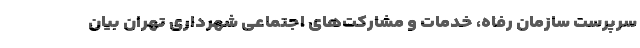
سرپرست سازمان رفاه، خدمات و مشارکت‌های اجتماعی شهرداری تهران بیان